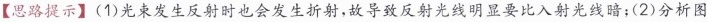
【思路提示】(1)光束发生反射时也会发生折射，故导致反射光线明显要比入射光线暗；(2)分析图